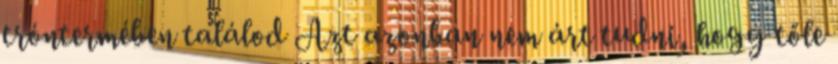
tróntermében találod Azt azonban nem árt tudni, hogy tőle